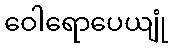
ဝေါရောပေယျုံ